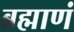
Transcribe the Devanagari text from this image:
ब्रह्माणं